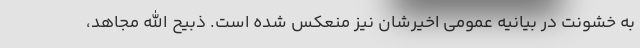
به خشونت در بیانیه عمومی اخیرشان نیز منعکس شده است. ذبیح الله مجاهد،